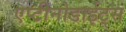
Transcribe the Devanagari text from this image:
एप्टीनोडाईट्स